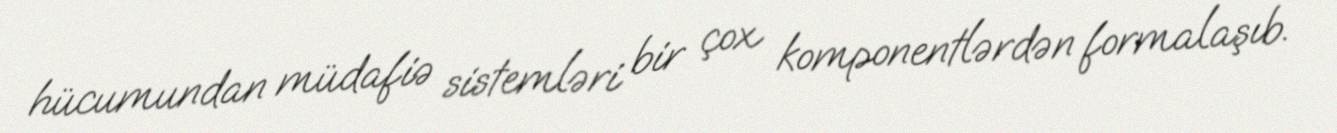
hücumundan müdafiə sistemləri bir çox komponentlərdən formalaşıb.